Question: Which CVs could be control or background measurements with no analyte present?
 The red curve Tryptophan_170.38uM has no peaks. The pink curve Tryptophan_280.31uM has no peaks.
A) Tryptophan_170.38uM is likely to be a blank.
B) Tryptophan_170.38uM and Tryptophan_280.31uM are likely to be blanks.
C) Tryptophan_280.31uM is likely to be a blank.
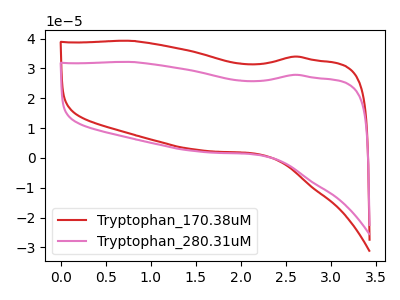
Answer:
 <answer>B) "Tryptophan_170.38uM" and "Tryptophan_280.31uM" are likely to be blanks.</answer>
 <eval>B</eval>